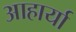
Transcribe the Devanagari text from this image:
आहार्या